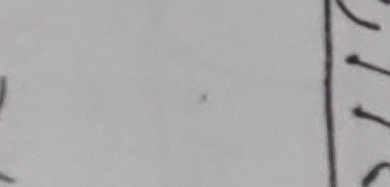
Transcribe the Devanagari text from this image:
तित